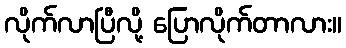
လိုက်လာပြီလို့ ပြောလိုက်တာလား။